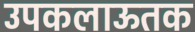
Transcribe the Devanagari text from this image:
उपकलाऊतक